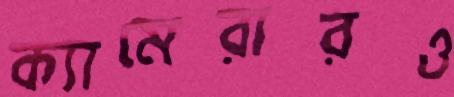
ক্যামেরারও